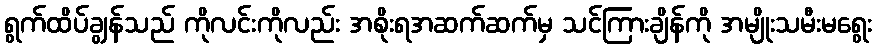
ရွက်ထိပ်ချွန်သည် ကိုလင်းကိုလည်း အစိုးရအဆက်ဆက်မှ သင်ကြားချိန်ကို အမျိုးသမီးမရွေး